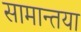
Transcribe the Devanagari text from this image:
सामान्तया